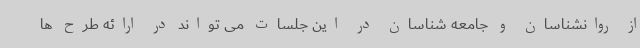
از روانشناسان و جامعه شناسان در این جلسات می تواند در ارائه طرح ها